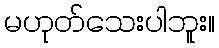
မဟုတ်သေးပါဘူး။